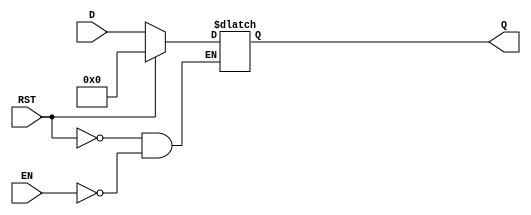
module LatchRegister #(
    parameter WIDTH = 8 // Parameter to define the width of the register
)(
    input wire [WIDTH-1:0] D,   // Data input
    input wire EN,               // Enable signal
    input wire RST,              // Reset signal
    output reg [WIDTH-1:0] Q     // Data output
);

    // Always block to handle the latching mechanism
    always @(*) begin
        if (RST) begin
            Q <= {WIDTH{1'b0}}; // Reset output to 0
        end else if (EN) begin
            Q <= D; // Latch the input data when EN is high
        end
        // If EN is low and RST is not asserted, Q retains its previous value
    end

endmodule